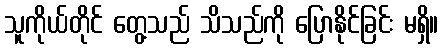
သူကိုယ်တိုင် တွေ့သည် သိသည်ကို ပြောနိုင်ခြင်း မရှိ။